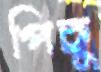
পিছু